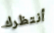
أنتظرك